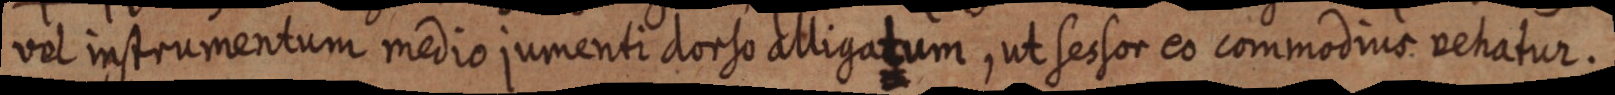
vel instrumentum medio jumenti dorso alligatum, ut sessor eo commodius vehatur.